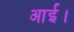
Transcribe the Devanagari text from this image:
आर्ई।